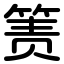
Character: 箦